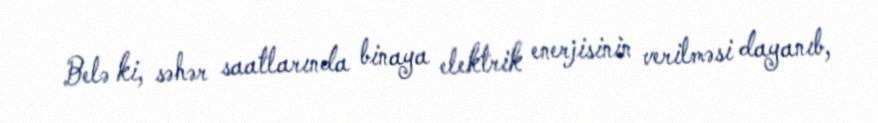
Belə ki, səhər saatlarında binaya elektrik enerjisinin verilməsi dayanıb,